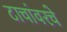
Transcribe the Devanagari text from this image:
टाचांवरचे